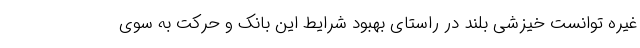
غیره توانست خیزشی بلند در راستای بهبود شرایط این بانک و حرکت به سوی